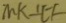
M K \bot E F